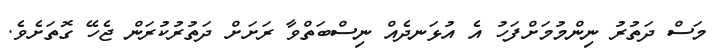
މަސް ދަތުރު ނިންމުމަށްފަހު އެ އުޅަނދެއް ނިސްބަތްވާ ރަށަށް ދަތުރުކުރަން ޖެހޭ ގޮތަށެވެ.